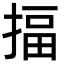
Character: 揊